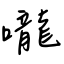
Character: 嚨